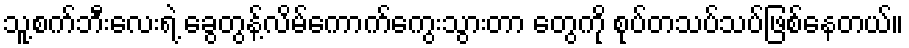
သူ့စက်ဘီးလေးရဲ့ ခွေတွန့်လိမ်ကောက်ကွေးသွားတာ တွေကို စုပ်တသပ်သပ်ဖြစ်နေတယ်။